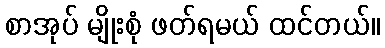
စာအုပ် မျိုးစုံ ဖတ်ရမယ် ထင်တယ်။